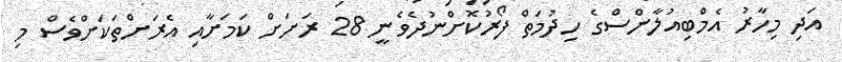
އަދި މިހާރު އެމްބިއުލާންސްގެ ހިދުމަތް ފޯރުކޮށްނުދެވެނީ 28 ރަށަށް ކަމަށާއި އެރަށްތަކަށްވެސް މި